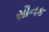
સૌનક